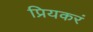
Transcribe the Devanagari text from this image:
प्रियकरं